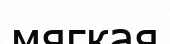
мягкая